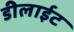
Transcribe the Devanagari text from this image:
डीलाईट